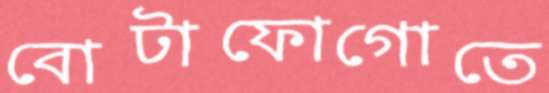
বোটাফোগোতে